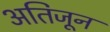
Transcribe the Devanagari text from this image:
अतिजून